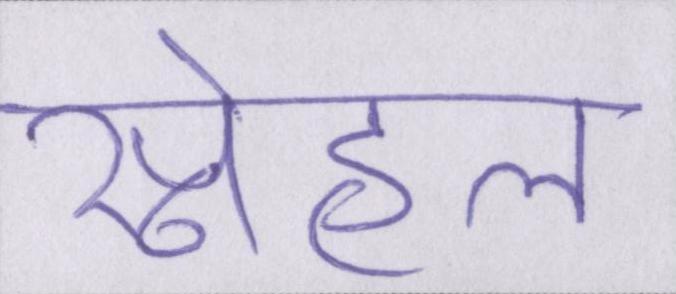
स्नेहल